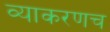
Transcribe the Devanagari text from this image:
व्याकरणच